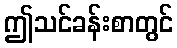
ဤသင်ခန်းစာတွင်